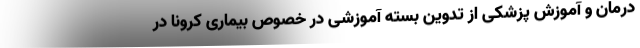
درمان و آموزش پزشکی از تدوین بسته آموزشی در خصوص بیماری کرونا در